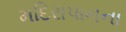
મદિરાપાનના